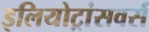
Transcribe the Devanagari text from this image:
इलियोट्रांसवर्स